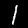
Digit: 1